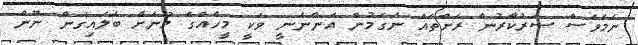
ނަމަވެސް ސަރުކާރުން ރަށްތައް ނަގަމުން އަންނަނީ ވަކީ މީހެއްގެ މޫނަށް ބަލައިގެން ނޫން